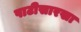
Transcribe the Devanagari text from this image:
पाटीसारखा